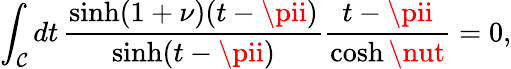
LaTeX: \int_{\mathcal{C}}dt\, \frac{{\sinh(1+\nu)(t-\pii)}}{{\sinh(t-\pii)}}\frac{{t-\pii}}{{\cosh\nut}}=0,